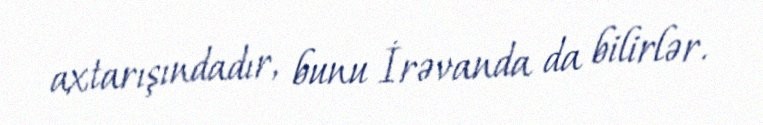
axtarışındadır, bunu İrəvanda da bilirlər.